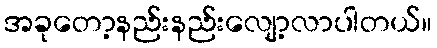
အခုတော့နည်းနည်းလျော့လာပါတယ်။